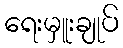
ရေးမှူးချုပ်